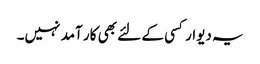
یہ دیوار کسی کے لئے بھی کار آمد نہیں۔